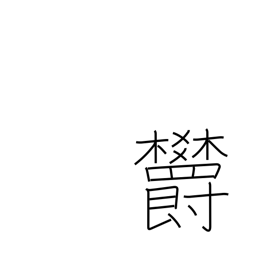
Meaning: depression